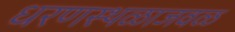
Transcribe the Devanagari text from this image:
धरणस्थळाजवळ